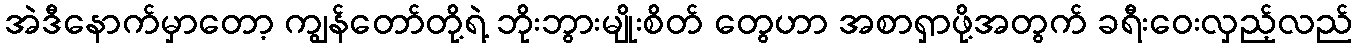
အဲဒီနောက်မှာတော့ ကျွန်တော်တို့ရဲ့ ဘိုးဘွားမျိုးစိတ် တွေဟာ အစာရှာဖို့အတွက် ခရီးဝေးလှည့်လည်